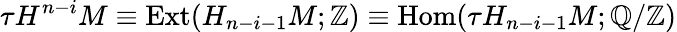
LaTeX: \tau H^{n-i}M\equiv\mathrm{Ext}(H_{n-i-1}M;\mathbb{Z})\equiv\mathrm{Hom}(\tau H_{n-i-1}M;\mathbb{Q}/\mathbb{Z})